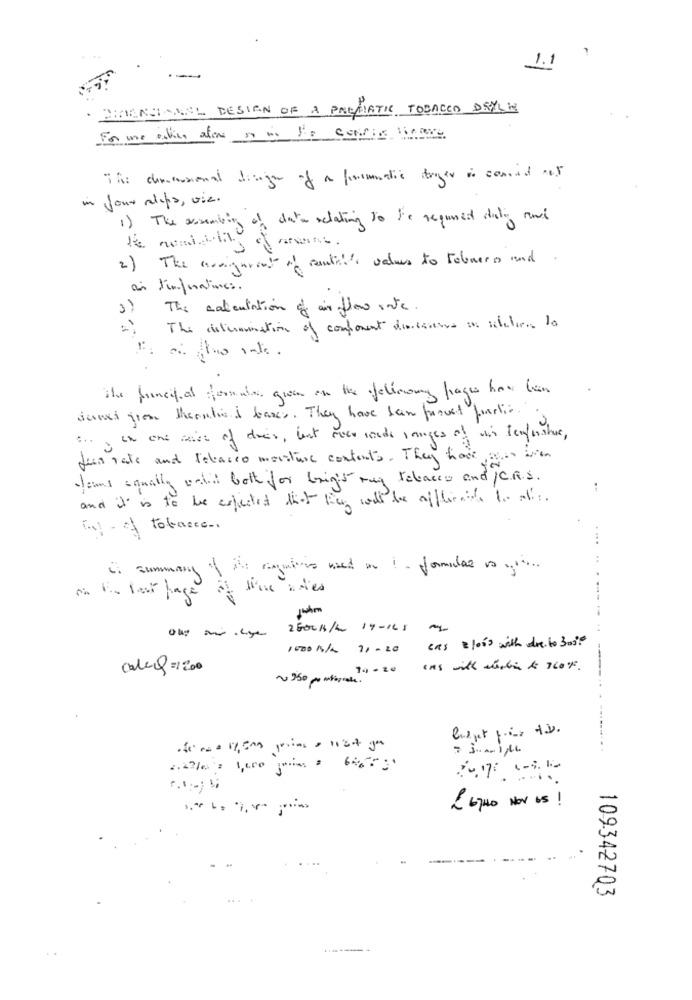
1.1
.THENSIGNAL DESIGN OF A PROTIATIC TOBACCO DEYLE
For me alien afine on is so corria lineare
The diracsional disiger of a finommatic fryer is comoed at
in your alita, viz.
1) The assembin
in of data relating to be required diding and
2) The assignment of cantil's value to Febrero and
The calculation of air flow rate.
The determination of conforent diossina on siteter lo
-
The principal formais grow on the yellowmy pages have been
dened from theonhis I bares. They have saw farvet functie.
Ich ont weiss of does, bist roer roads langes of win leufenshus,
fuss rate and tabasco moisture contents. They have man wien
sous sanally until both for brig's mug releases and /C.R.S.
and it is to be expected that they will be applicants In all :.
int - of tobacco.
if summary of its agains used on 1- formular os ....
on E. last page
25001/4 14-165
cas Bloss with de to Bos?
1000 N/A 11 - 20
caleQ =1200
7+ - 20
ins with working & ThOF.
{ 640 NOV US !
109342703